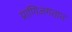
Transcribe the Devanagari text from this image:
प्राणिजगतात